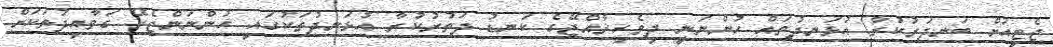
ޖެޓީއަށް ބަނދަރުކުރާ އުޅަނދުތައް ހުންނަނީ ދިވެހިރާއްޖޭގެ ކަނޑު ދަތުރުކުރާ އުޅަނދުތަކުގައި ހުންނަންޖެހޭ ގަވާއިދުތަކަށް